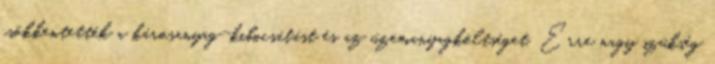
csökkentették a károsanyag-kibocsátást és az üzemanyagköltséget. Erre nagy szükség